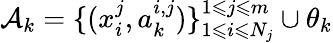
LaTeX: \mathcal{A}_{k}=\{ (x_{i}^{j},a_{k}^{i,j})\} _{1\leqslant i\leqslant N_{j}}^{1\leqslant j\leqslant m}\cup\theta_{k}